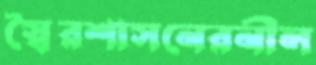
স্বৈরশাসনেরনীল